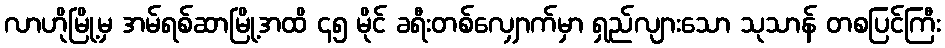
လာဟိုမြို့မှ အမ်ရစ်ဆာမြို့အထိ ၄၅ မိုင် ခရီးတစ်လျှောက်မှာ ရှည်လျားသော သုသာန် တစပြင်ကြီး